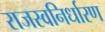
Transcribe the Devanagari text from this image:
राजस्वनिर्धारण